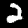
Digit: 2